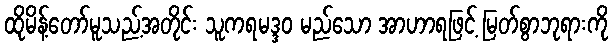
ထိုမိန့်တော်မူသည့်အတိုင်း သူကရမဒ္ဒဝ မည်သော အာဟာရဖြင့် မြတ်စွာဘုရားကို